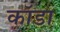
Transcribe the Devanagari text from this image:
कॉडा